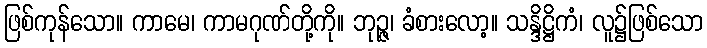
ဖြစ်ကုန်သော။ ကာမေ၊ ကာမဂုဏ်တို့ကို။ ဘုဉ္ဇ၊ ခံစားလော့။ သန္ဒိဋ္ဌိကံ၊ လူ၌ဖြစ်သော